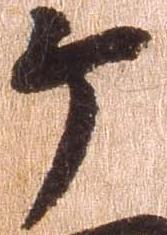
ヶ